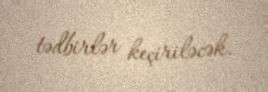
tədbirlər keçiriləcək.